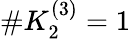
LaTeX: \# K_{2}^{(3)}=1